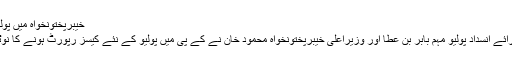
خیبرپختونخواہ میں پولیو وائرس بے قابو، ہنگامی اقدامات کرنے کا فیصلہ -
اسلام آباد / پشاور: وزیراعظم کے معاونِ خصوصی برائے انسداد پولیو مہم بابر بن عطا اور وزیراعلیٰ خیبرپختونخواہ محمود خان نے کے پی میں پولیو کے نئے کیسز رپورٹ ہونے کا نوٹس لیتے ہوئے ہنگامی اقدامات کرنے کا فیصلہ کرلیا۔